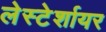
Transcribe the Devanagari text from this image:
लेस्टेर्शायर